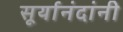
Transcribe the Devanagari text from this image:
सूर्यानंदांनी